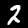
Label: 2